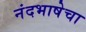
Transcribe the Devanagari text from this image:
नंदभाषेचा